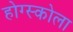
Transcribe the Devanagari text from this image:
होग्स्कोला